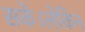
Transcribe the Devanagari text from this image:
सकें।लेकिन